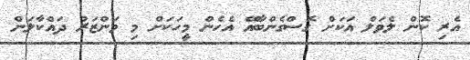
އެރި ކޮން ލެވަލް އަކަށް ގޮސްގެންބާއޭ އެހެން މީހަކަށް މި މަންޒަރު ދައްކާލަން